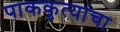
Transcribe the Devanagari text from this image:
पाककृत्यांचा